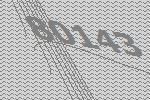
80143